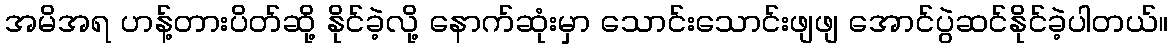
အမိအရ ဟန့်တားပိတ်ဆို့ နိုင်ခဲ့လို့ နောက်ဆုံးမှာ သောင်းသောင်းဖျဖျ အောင်ပွဲဆင်နိုင်ခဲ့ပါတယ်။